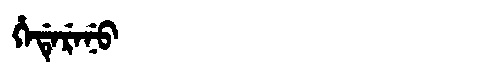
Manchu: ᡥᡝᡩᡝᡵᡝᠨᡠ
Romanization: HEDERENU